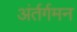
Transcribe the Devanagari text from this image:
अंर्तर्गमन